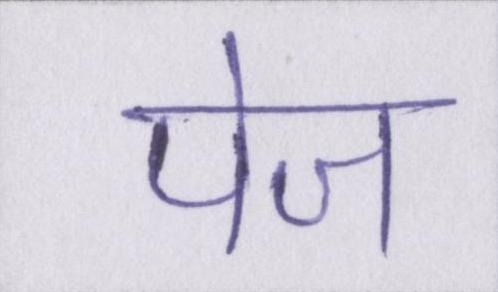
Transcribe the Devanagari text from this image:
पेज